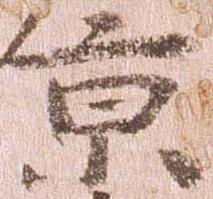
京